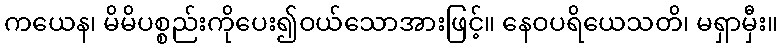
ကယေန၊ မိမိပစ္စည်းကိုပေး၍ဝယ်သောအားဖြင့်။ နေဝပရိယေသတိ၊ မရှာမှီး။